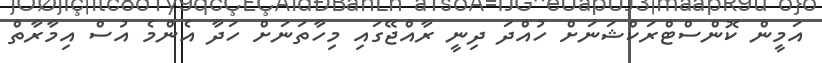
އަމީން ކޮންސްޓްރަކްޝަނަށް ހުއްދަ ދިނީ ރާއްޖޭގައި މިހާތަނަށް ހަދާ އެންމެ އުސް އިމާރާތް